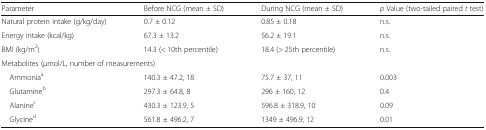
<table><thead><tr><td><b>Parameter</b></td><td><b>Before NCG (mean ± SD)</b></td><td><b>During NCG (mean ± SD)</b></td><td><b><i>p</i> Value (two-tailed paired <i>t</i> test)</b></td></tr></thead><tbody><tr><td>Natural protein intake (g/kg/day)</td><td>0.7 ± 0.12</td><td>0.85 ± 0.18</td><td>n.s.</td></tr><tr><td>Energy intake (kcal/kg)</td><td>67.3 ± 13.2</td><td>56.2 ± 19.1</td><td>n.s.</td></tr><tr><td>BMI (kg/m<sup>2</sup>)</td><td>14.3 (&lt; 10th percentile)</td><td>18.4 (&gt; 25th percentile)</td><td>n.s.</td></tr><tr><td colspan="4">Metabolites (μmol/L, number of measurements)</td></tr><tr><td> Ammonia<sup>a</sup></td><td>140.3 ± 47.2, 18</td><td>75.7 ± 37, 11</td><td>0.003</td></tr><tr><td> Glutamine<sup>b</sup></td><td>297.3 ± 64.8, 8</td><td>296 ± 160, 12</td><td>0.4</td></tr><tr><td> Alanine<sup>c</sup></td><td>430.3 ± 123.9, 5</td><td>596.8 ± 318.9, 10</td><td>0.09</td></tr><tr><td> Glycine<sup>d</sup></td><td>561.8 ± 496.2, 7</td><td>1349 ± 496.9, 12</td><td>0.01</td></tr></tbody></table>